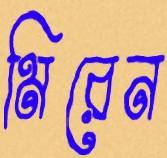
মিরেন